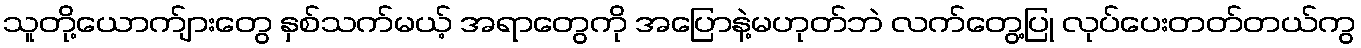
သူတို့ယောက်ျားတွေ နှစ်သက်မယ့် အရာတွေကို အပြောနဲ့မဟုတ်ဘဲ လက်တွေ့ပြု လုပ်ပေးတတ်တယ်ကွ